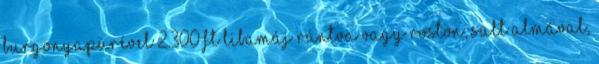
burgonyapürével 2.300 Ft Libamáj rántva vagy roston, sült almával,